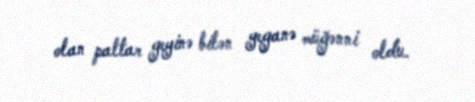
olan paltar geyinə bilən yeganə müğənni oldu.